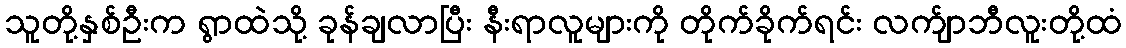
သူတို့နှစ်ဦးက ရွာထဲသို့ ခုန်ချလာပြီး နီးရာလူများကို တိုက်ခိုက်ရင်း လက်ျာဘီလူးတို့ထံ